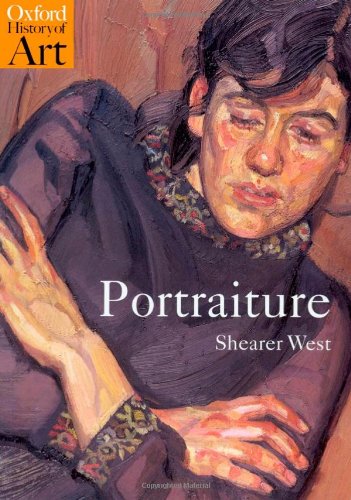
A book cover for Portraiture (Oxford History of Art); Shearer West; Arts & Photography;